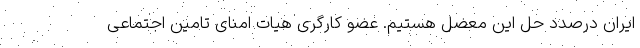
ایران درصدد حل این معضل هستیم. عضو کارگری هیات امنای تامین اجتماعی